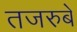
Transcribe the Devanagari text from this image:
तजरुबे